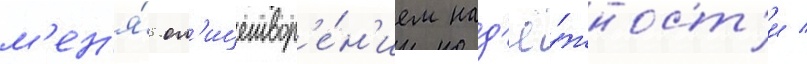
м'ен'я́ ол'ицетвор'е́н'ием над'ё́жност'и /